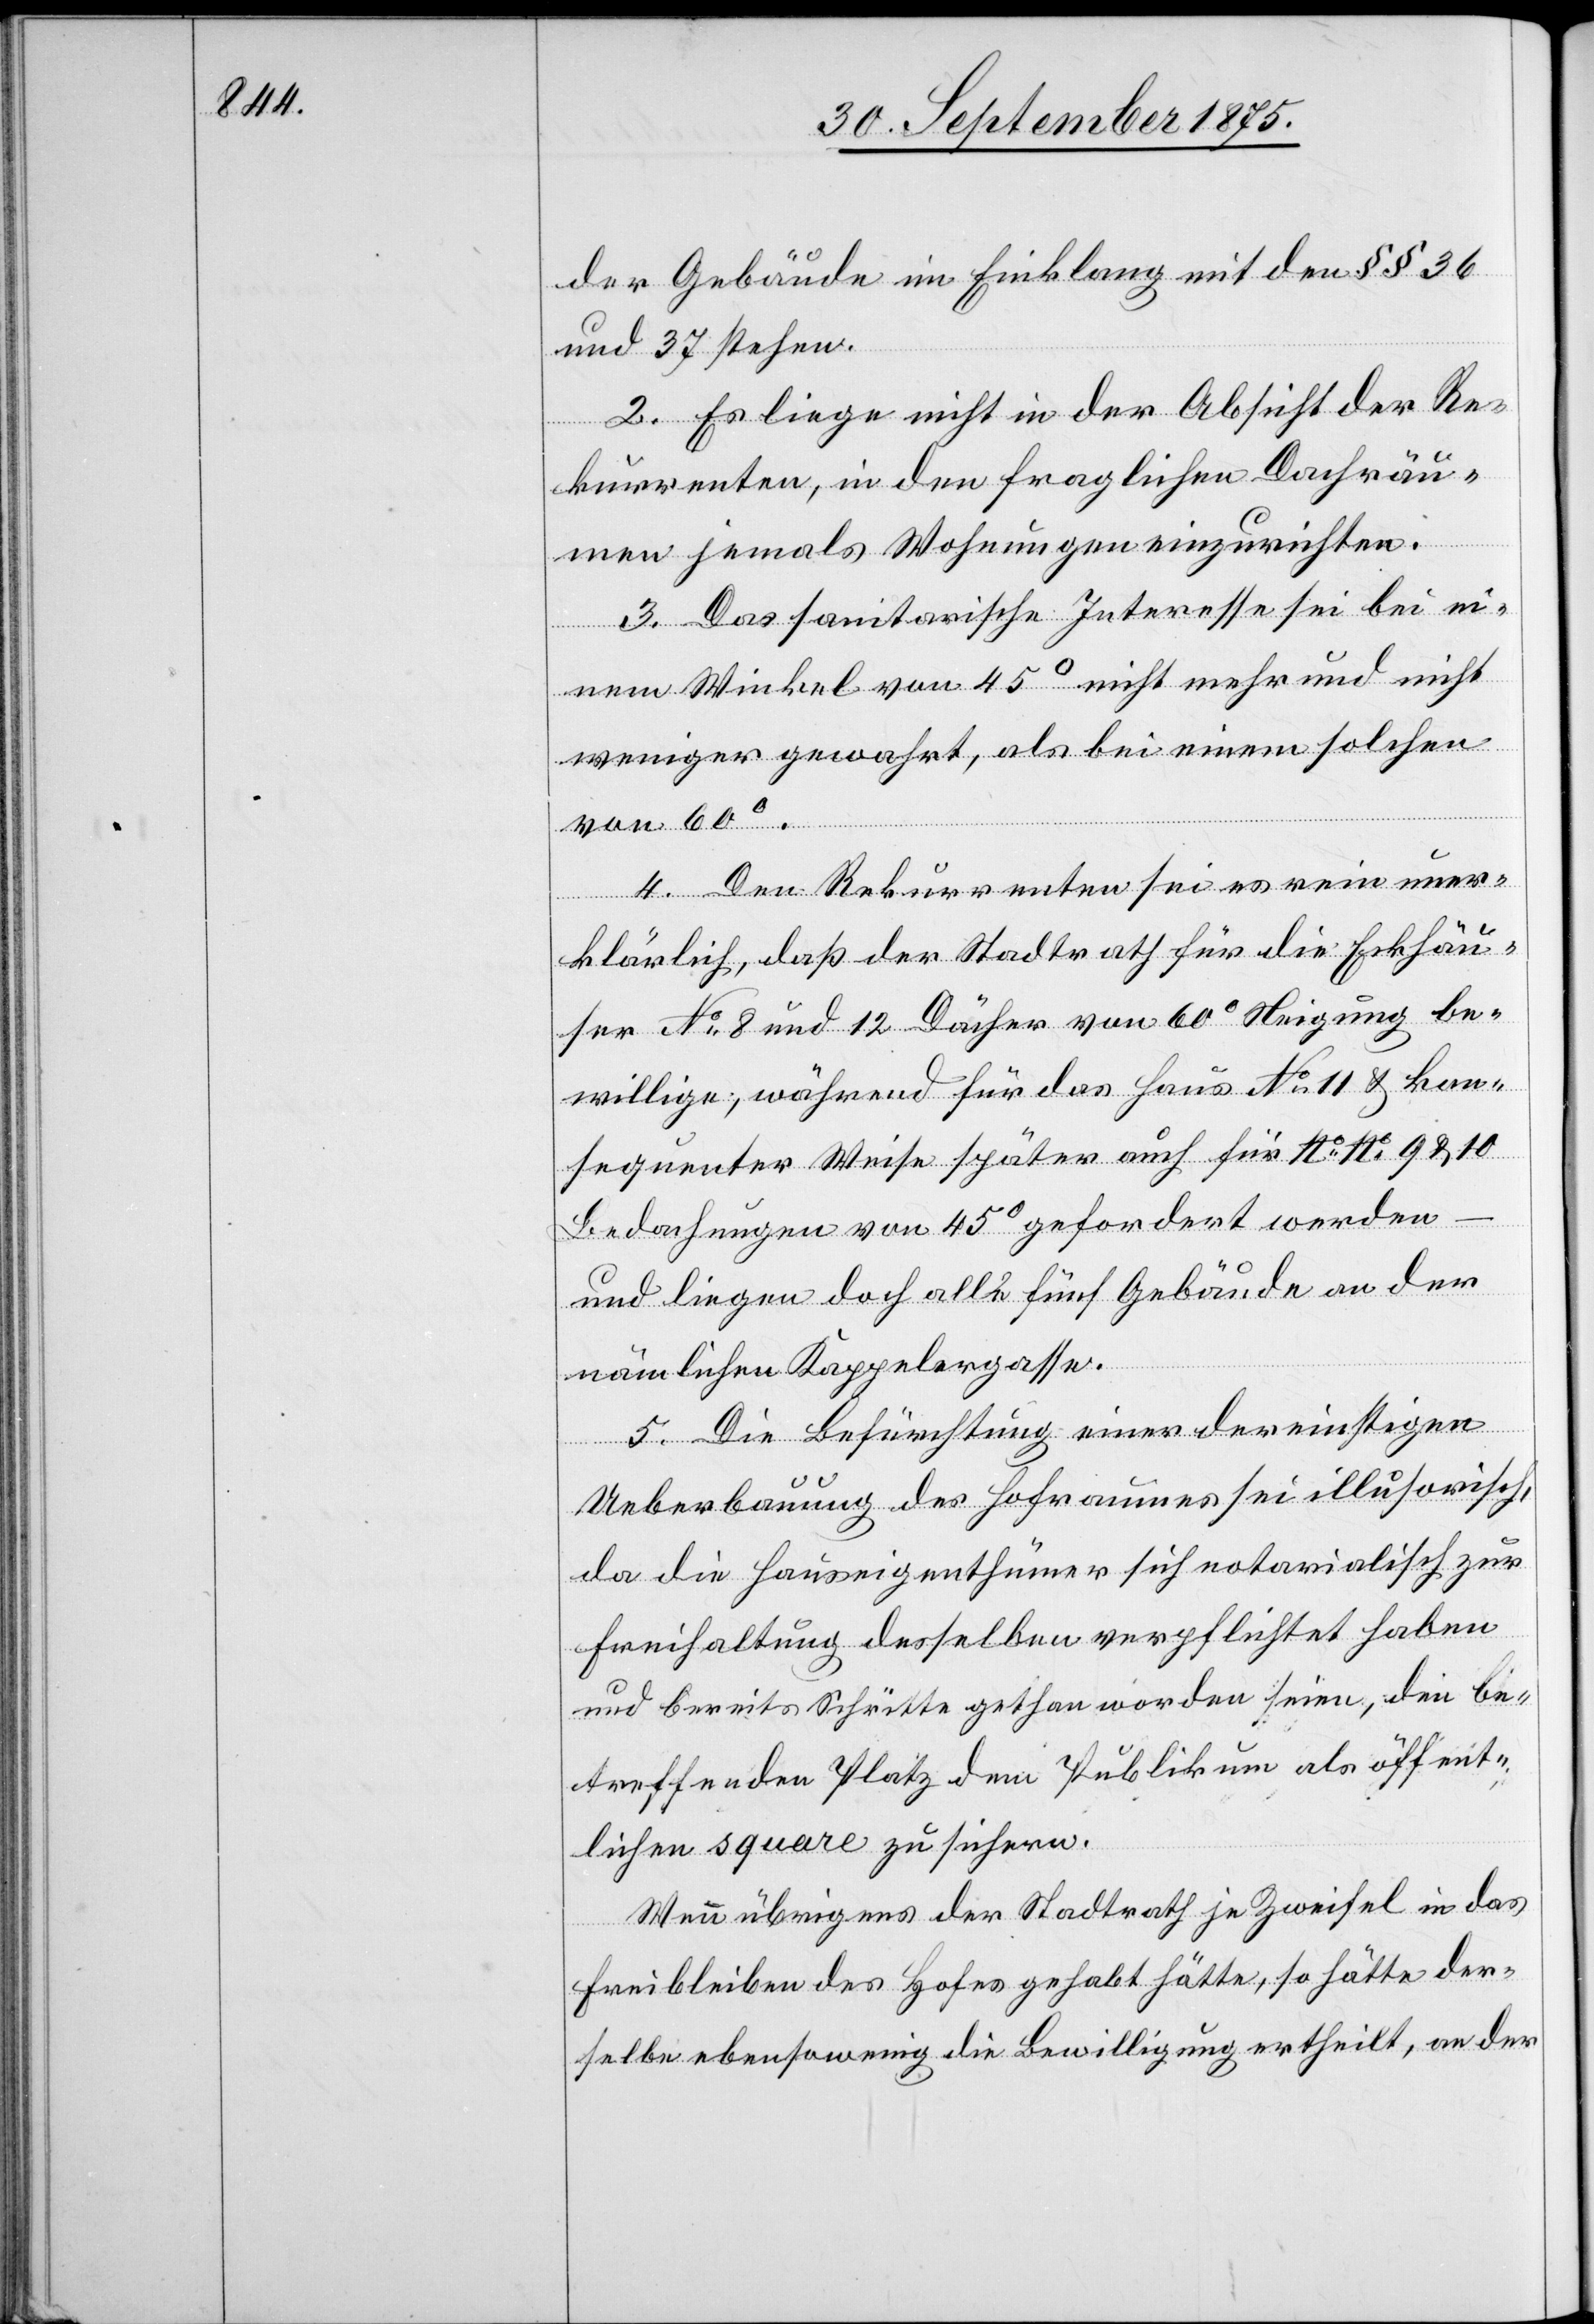
der Gebäude im Einklang mit den §§ 36
und 37 stehen.
2. Es liege nicht in der Absicht der Re¬
kurrenten, in den fraglichen Dachräu¬
men jemals Wohnungen einzurichten.
3. Das sanitarische Interesse sei bei ei¬
nem Winkel von 45° nicht mehr und nicht
weniger gewahrt, als bei einem solchen
von 60°.
4. Den Rekurrenten sei es rein uner¬
klärlich, daß der Stadtrath für die Eckhäu¬
ser No 8 und 12 Dächer von 60° Neigung be¬
willige, während für das Haus No 11 & kon¬
sequenter Weise später auch für No No 9 & 10
Bedachungen von 45° gefordert werden
und liegen doch alle fünf Gebäude an der
nämlichen Kappelergasse.
5. Die Befürchtung einer dereinstigen
Ueberbauung des Hofraumes sei illusorisch,
da die Hauseigenthümer sich notarialisch zur
Freihaltung desselben verpflichtet haben
und bereits Schritte gethan worden seien, den be¬
treffenden Platz dem Publikum als öffent¬
lichen square zu sichern.
Wenn übrigens der Stadtrath je Zweifel in das
Freibleiben des Hofes gehabt hätte, so hätte der¬
selbe ebensowenig die Bewilligung ertheilt, an der